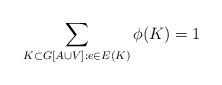
LaTeX: \begin{align*}\sum_{K\subset G[A\cup V]:e\in E(K)}\phi(K)=1\end{align*}